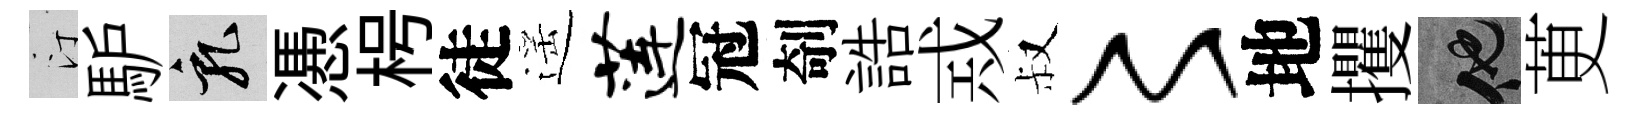
汀馿乳慿枵徒遥莲冠剞誥𢦶叔〻地攫他茰